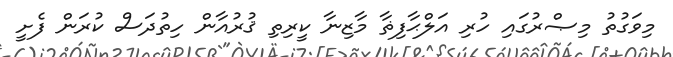
މިވަގުތު މިޞްރުގައި ހުރި އަލްޙާފިޡާ މާޒިނާ ކީރިތި ޤުރުއާން ހިތުދަސް ކުރަން ފެށީ